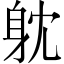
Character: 躭